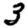
Digit: 3